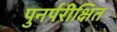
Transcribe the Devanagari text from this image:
पुनर्परीक्षित